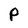
Character: p